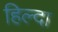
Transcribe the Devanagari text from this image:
हिल्दा